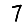
Digit: 7